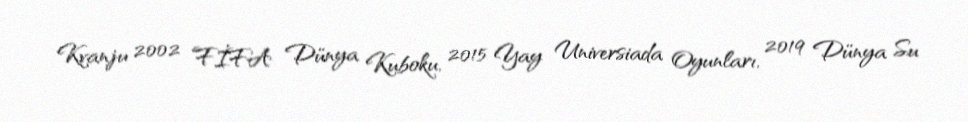
Kvanju 2002 FİFA Dünya Kuboku, 2015 Yay Universiada Oyunları, 2019 Dünya Su